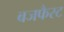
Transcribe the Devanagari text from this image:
बजफैस्ट